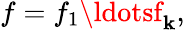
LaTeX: f=f_{1}\ldotsf_{\mathbf{k}},